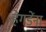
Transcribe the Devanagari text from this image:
हेगडेंना